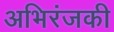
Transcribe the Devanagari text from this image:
अभिरंजकी